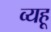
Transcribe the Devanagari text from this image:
व्यहू